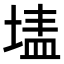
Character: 𭎷